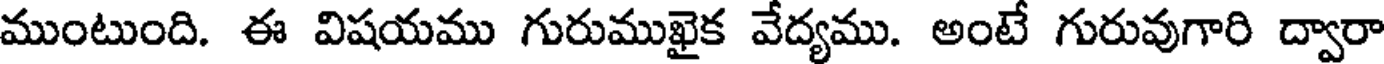
ముంటుంది. ఈ విషయము గురుముఖైక వేద్యము. అంటే గురువుగారి ద్వారా